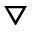
\triangledown